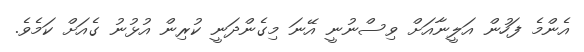
އެންމެ ފަހުން އަލީނާއަށް ވިސްނުނީ އޭނަ މިގެންދަނީ ކުރިން އުޅުނު ގެއަށް ކަމެވެ.